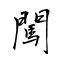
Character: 闖